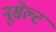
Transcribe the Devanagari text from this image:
नूसेल्ट